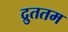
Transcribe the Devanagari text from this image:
द्रुततम